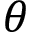
\theta